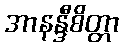
အာနန္ဒီစိတ္တာ